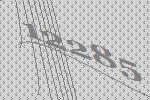
12285